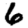
Digit: 6